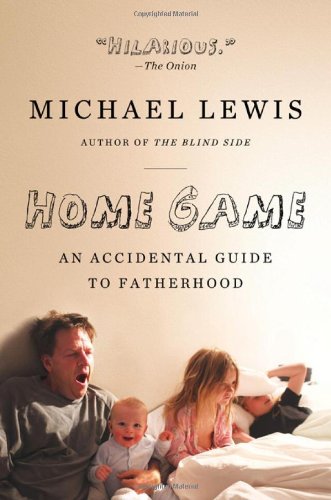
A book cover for Home Game: An Accidental Guide to Fatherhood; Michael Lewis; Humor & Entertainment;